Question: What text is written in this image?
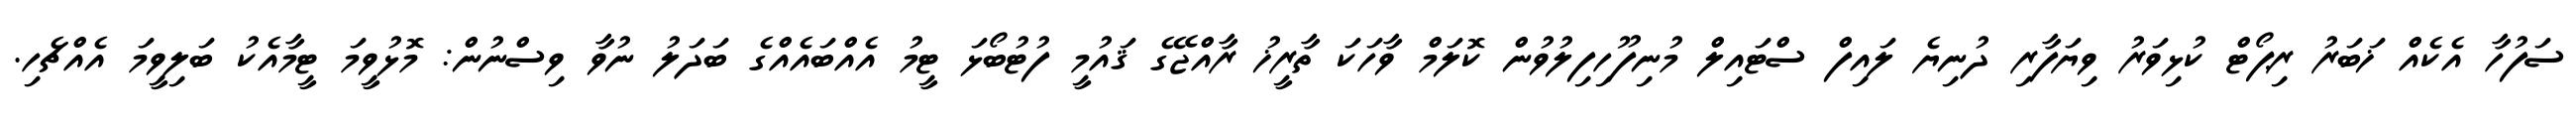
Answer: ސަފުހާ އެކެއް ޚަބަރު ރިޕޯޓް ކުޅިވަރު ވިޔަފާރި ދުނިޔެ ލައިފް ސްޓައިލް މުނިފޫހިފިލުވުން ކޮލަމް ވާހަކަ ތާރީޚު ރާއްޖޭގެ ޤައުމީ ފުޓުބޯޅަ ޓީމު އެއްބައެއްގެ ބަދަލު ނުވާ ވިސްނުން: މޮޅުވީމަ ޓީމާއެކު ބަލިވީމަ އެއްޗެހި.